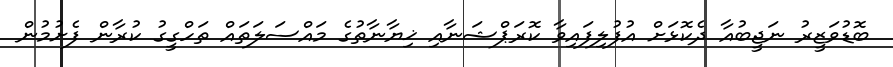
ބޮޑުވަޒީރު ނަޖީބުއާ ދެކޮޅަށް އުފުލިފައިވާ ކޮރަޕްޝަނާއި ޚިޔާނާތުގެ މައްސަލަތައް ތަހްގީގު ކުރާން ފެށުމުން